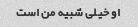
او خیلی شبیه من است